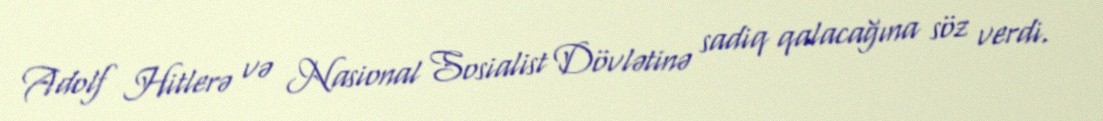
Adolf Hitlerə və Nasional Sosialist Dövlətinə sadiq qalacağına söz verdi.